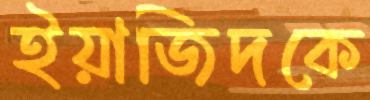
ইয়াজিদকে